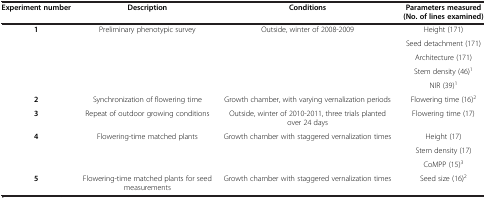
<table><thead><tr><td><b>Experiment number</b></td><td><b>Description</b></td><td><b>Conditions</b></td><td><b>Parameters measured (No. of lines examined)</b></td></tr></thead><tbody><tr><td rowspan="5"><b>1</b></td><td rowspan="5">Preliminary phenotypic survey</td><td rowspan="5">Outside, winter of 2008-2009</td><td>Height (171)</td></tr><tr><td>Seed detachment (171)</td></tr><tr><td>Architecture (171)</td></tr><tr><td>Stem density (46)<sup>1</sup></td></tr><tr><td>NIR (39)<sup>1</sup></td></tr><tr><td><b>2</b></td><td>Synchronization of flowering time</td><td>Growth chamber, with varying vernalization periods</td><td>Flowering time (16)<sup>2</sup></td></tr><tr><td><b>3</b></td><td>Repeat of outdoor growing conditions</td><td>Outside, winter of 2010-2011, three trials planted over 24 days</td><td>Flowering time (17)</td></tr><tr><td rowspan="3"><b>4</b></td><td rowspan="3">Flowering-time matched plants</td><td rowspan="3">Growth chamber with staggered vernalization times</td><td>Height (17)</td></tr><tr><td>Stem density (17)</td></tr><tr><td>CoMPP (15)<sup>3</sup></td></tr><tr><td><b>5</b></td><td>Flowering-time matched plants for seed measurements</td><td>Growth chamber with staggered vernalization times</td><td>Seed size (16)<sup>2</sup></td></tr></tbody></table>